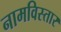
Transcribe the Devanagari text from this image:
नामविस्‍तार